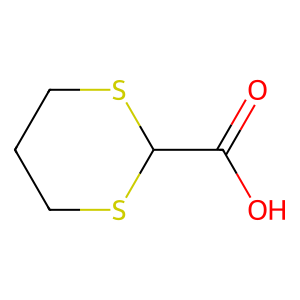
SMILES: O=C(O)C1SCCCS1
Inhibits HIV replication: No